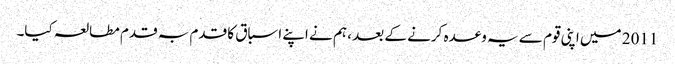
2011 میں اپنی قوم سے یہ وعدہ کرنے کے بعد ، ہم نے اپنے اسباق کا قدم بہ قدم مطالعہ کیا۔